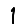
Digit: 1